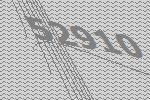
52910